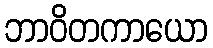
ဘာဝိတကာယော